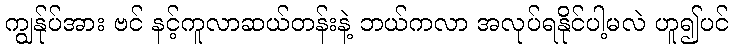
ကျွန်ုပ်အား ဗင် နင့်ကူလာဆယ်တန်းနဲ့ ဘယ်ကလာ အလုပ်ရနိုင်ပါ့မလဲ ဟူ၍ပင်